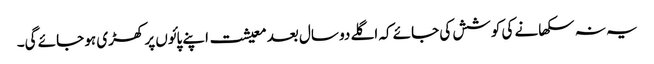
یہ نہ سکھانے کی کوشش کی جائے کہ اگلے دو سال بعد معیشت اپنے پائوں پر کھڑی ہو جائے گی۔